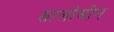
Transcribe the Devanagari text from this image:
सालोमोन